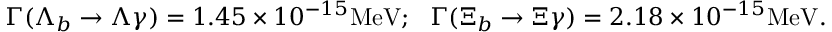
\Gamma ( \Lambda _ { b } \rightarrow \Lambda \gamma ) = 1 . 4 5 \times 1 0 ^ { - 1 5 } \mathrm { M e V } ; ~ ~ \Gamma ( \Xi _ { b } \rightarrow \Xi \gamma ) = 2 . 1 8 \times 1 0 ^ { - 1 5 } \mathrm { M e V } .